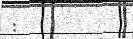
: